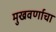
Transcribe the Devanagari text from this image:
मुखवर्णाचा